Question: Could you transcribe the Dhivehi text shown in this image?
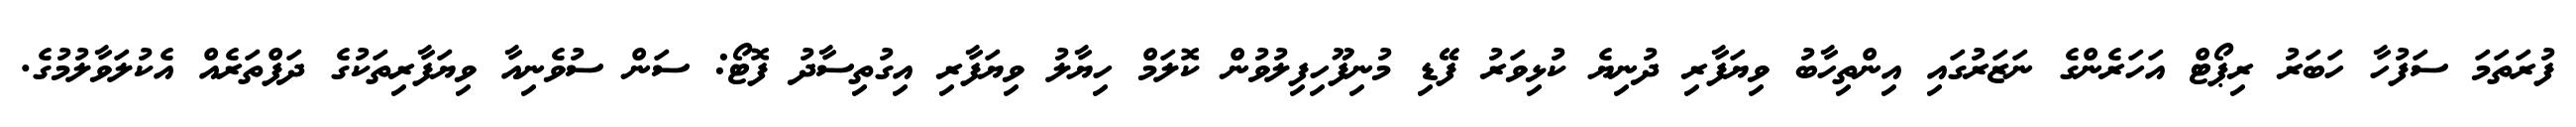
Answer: ފުރަތަމަ ސަފުހާ ހަބަރު ރިޕޯޓް އަހަރެންގެ ނަޒަރުގައި އިންތިހާބު ވިޔަފާރި ދުނިޔެ ކުޅިވަރު ފޭޑި މުނިފޫހިފިލުވުން ކޮލަމް ހިޔާލު ވިޔަފާރި އިގުތިސާދު ފޮޓޯ: ސަން ސުވެނިއާ ވިޔަފާރިތަކުގެ ދަފްތަރެއް އެކުލަވާލުމުގެ.